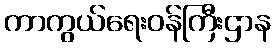
ကာကွယ်ရေးဝန်ကြီးဌာန